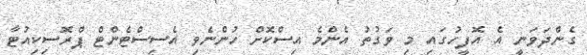
ގެންދަވަނީ އެ އޮފީހުގައި މި ވަގުތު އެންމެ އިސްކޮށް ހުންނެވި އެސިސްޓެންޓް ޕްރޮސިކިއުޓާ